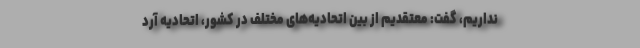
نداریم، گفت: معتقدیم از بین اتحادیه‌های مختلف در کشور، اتحادیه آرد